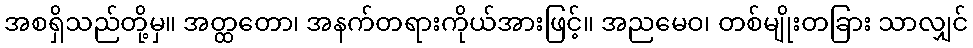
အစရှိသည်တို့မှ။ အတ္ထတော၊ အနက်တရားကိုယ်အားဖြင့်။ အညမေဝ၊ တစ်မျိုးတခြား သာလျှင်